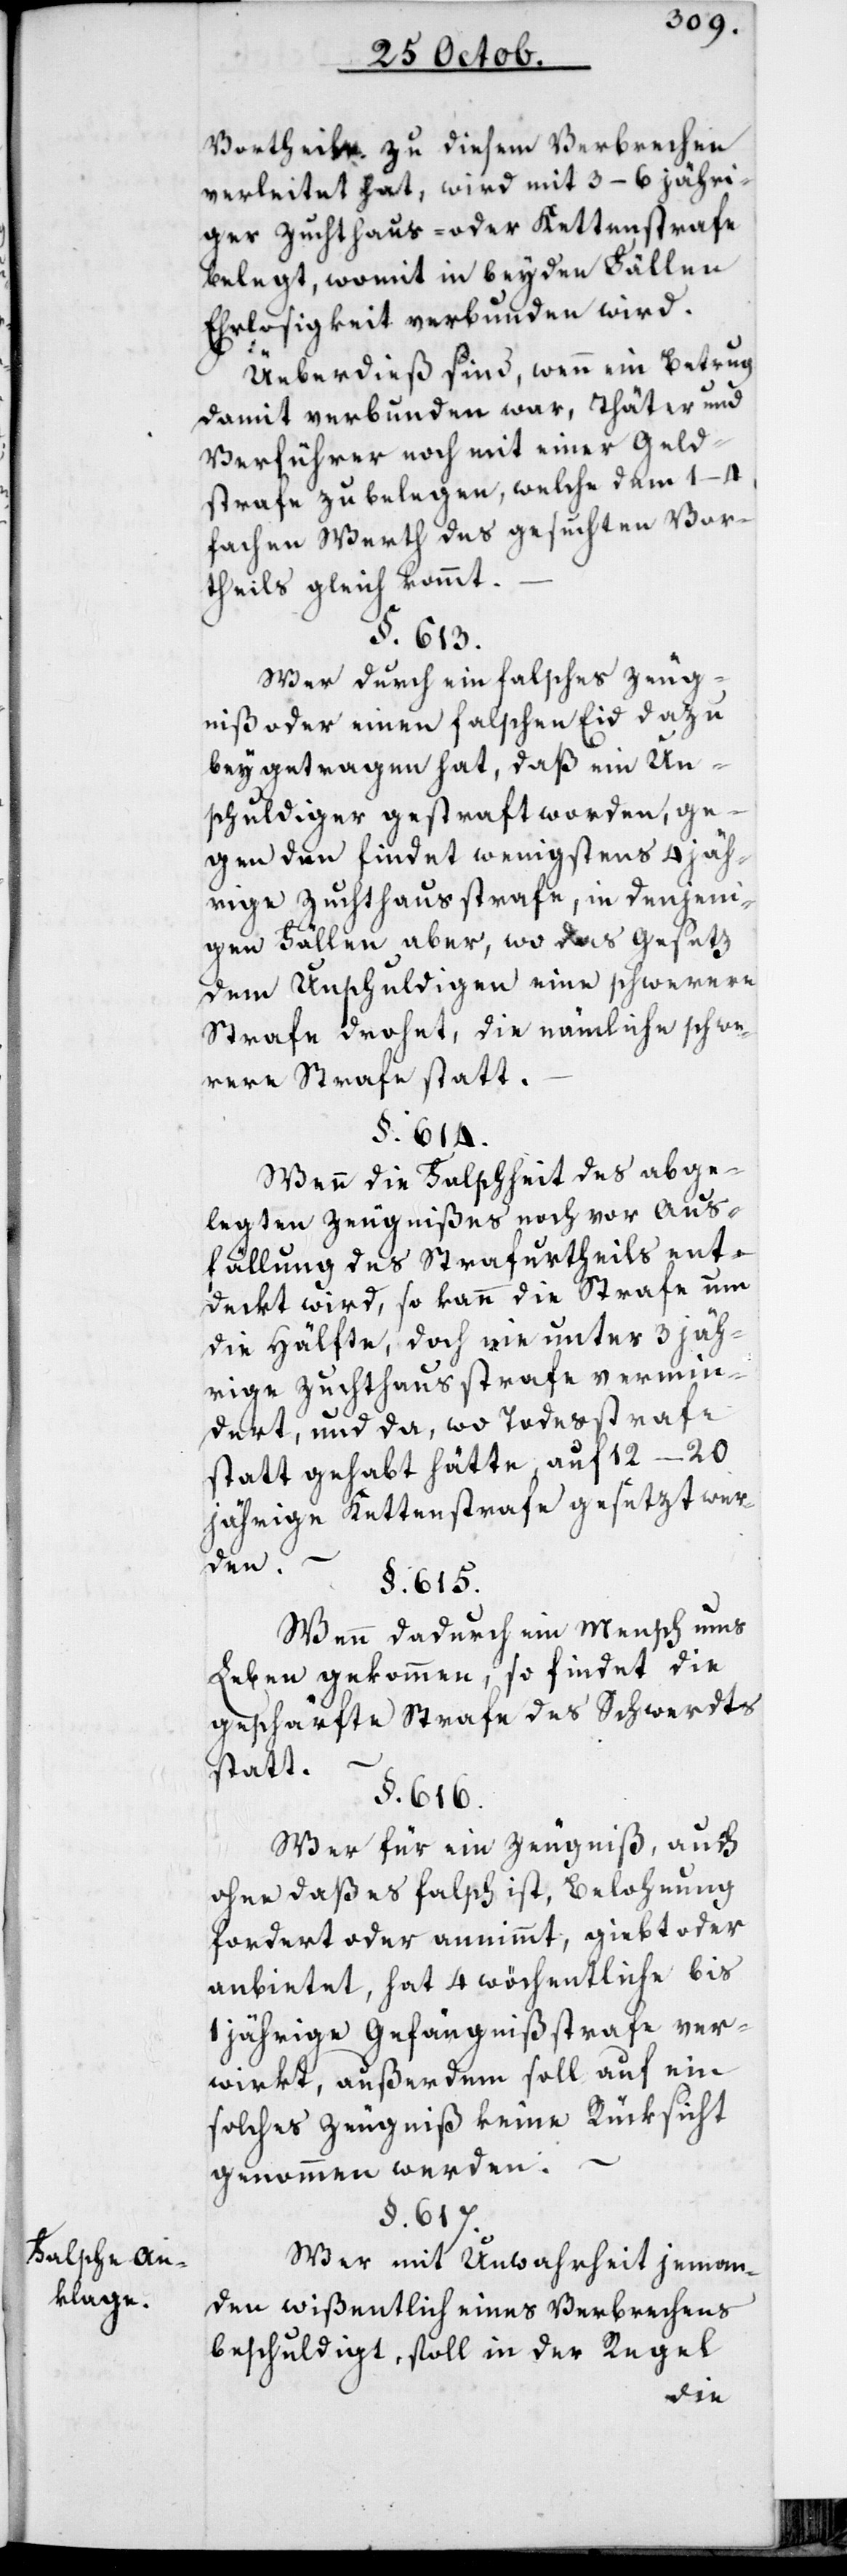
Falsche An¬
klage.

Vortheile zu diesem Verbrechen
verleitet hat, wird mit 3–6 jähri¬
ger Zuchthaus- oder Kettenstrafe
belegt, womit in beyden Fällen
Ehrlosigkeit verbunden wird.
Überdieß sind, wenn ein Betrug
damit verbunden war, Thäter und
Verführer noch mit einer Geld¬
strafe zu belegen, welche dem 1–4f¬
achen Wert des gesuchten Vor¬
theils gleich kommt.
§. 613.
Wer durch ein falsches Zeug¬
nis oder einen falschen Eid dazu
beygetragen hat, daß ein Un¬
schuldiger gestraft worden, ge¬
gen den findet wenigstens 4 jäh¬
rige Zuchthausstrafe, in denjeni¬
gen Fällen aber, wo das Gesetz
dem Unschuldigen eine schwerere
Strafe droht, die nämliche schw¬
ere Strafe statt.
§. 614.
Wenn die Falschheit des abge¬
legten Zeugnißes noch vor Aus¬
fällung des Strafurtheils ent¬
deckt wird, so kann die Strafe um
die Hälfte, doch nie unter 3 jäh¬
rige Zuchthausstrafe vermin¬
dert, und da, wo Todesstrafe
stattgehabt hätte, auf 12–20
jährige Kettenstrafe gesetzt wer¬
den.
§. 615.
Wenn dadurch ein Mensch ums
Leben gekommen, so findet die
geschärfte Strafe des Schwerdts
–
statt.
§. 617.
Wer für ein Zeugniß, auch
ohne daß es falsch ist, Belohnung
fordert oder annimmt, giebt oder
anbietet, hat 4 wöchentliche bis
1 jährige Gefängnißstrafe ver¬
wirkt, außerdem soll auf ein
solches Zeugniß keine Rüksicht
genohmen werden.
Wer mit Unwahrheit jeman¬
den wißentlich eines Verbrechens
beschuldigt, soll in der Regel